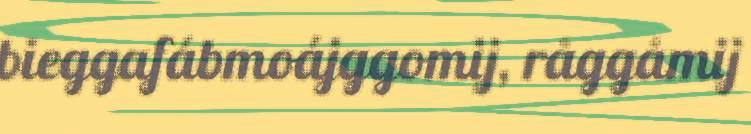
bieggafábmoájggomij, råggåmij